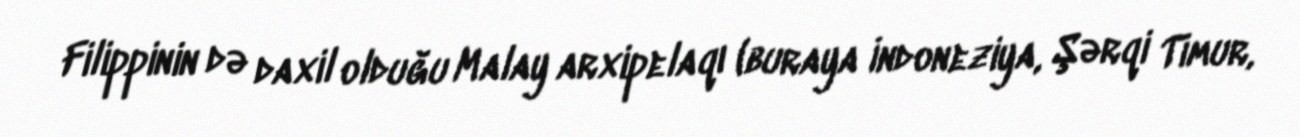
Filippinin də daxil olduğu Malay arxipelaqı (buraya İndoneziya, Şərqi Timur,